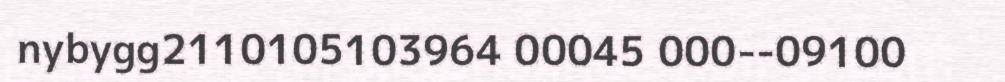
nybygg2110105103964 00045 000--09100